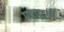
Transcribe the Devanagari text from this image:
महाद्वारम